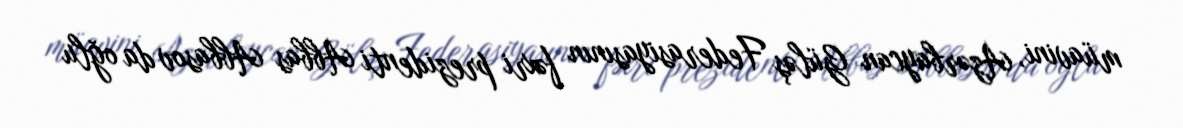
müavini, Azərbaycan Güləş Federasiyasının fəxri prezidenti Abbas Abbasov da oğlu